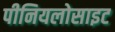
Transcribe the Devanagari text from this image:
पीनियलोसाइट